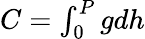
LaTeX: \begin{array}{r}{C=\int_{0}^{P}gdh}\end{array}